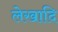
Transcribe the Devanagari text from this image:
लेखादि